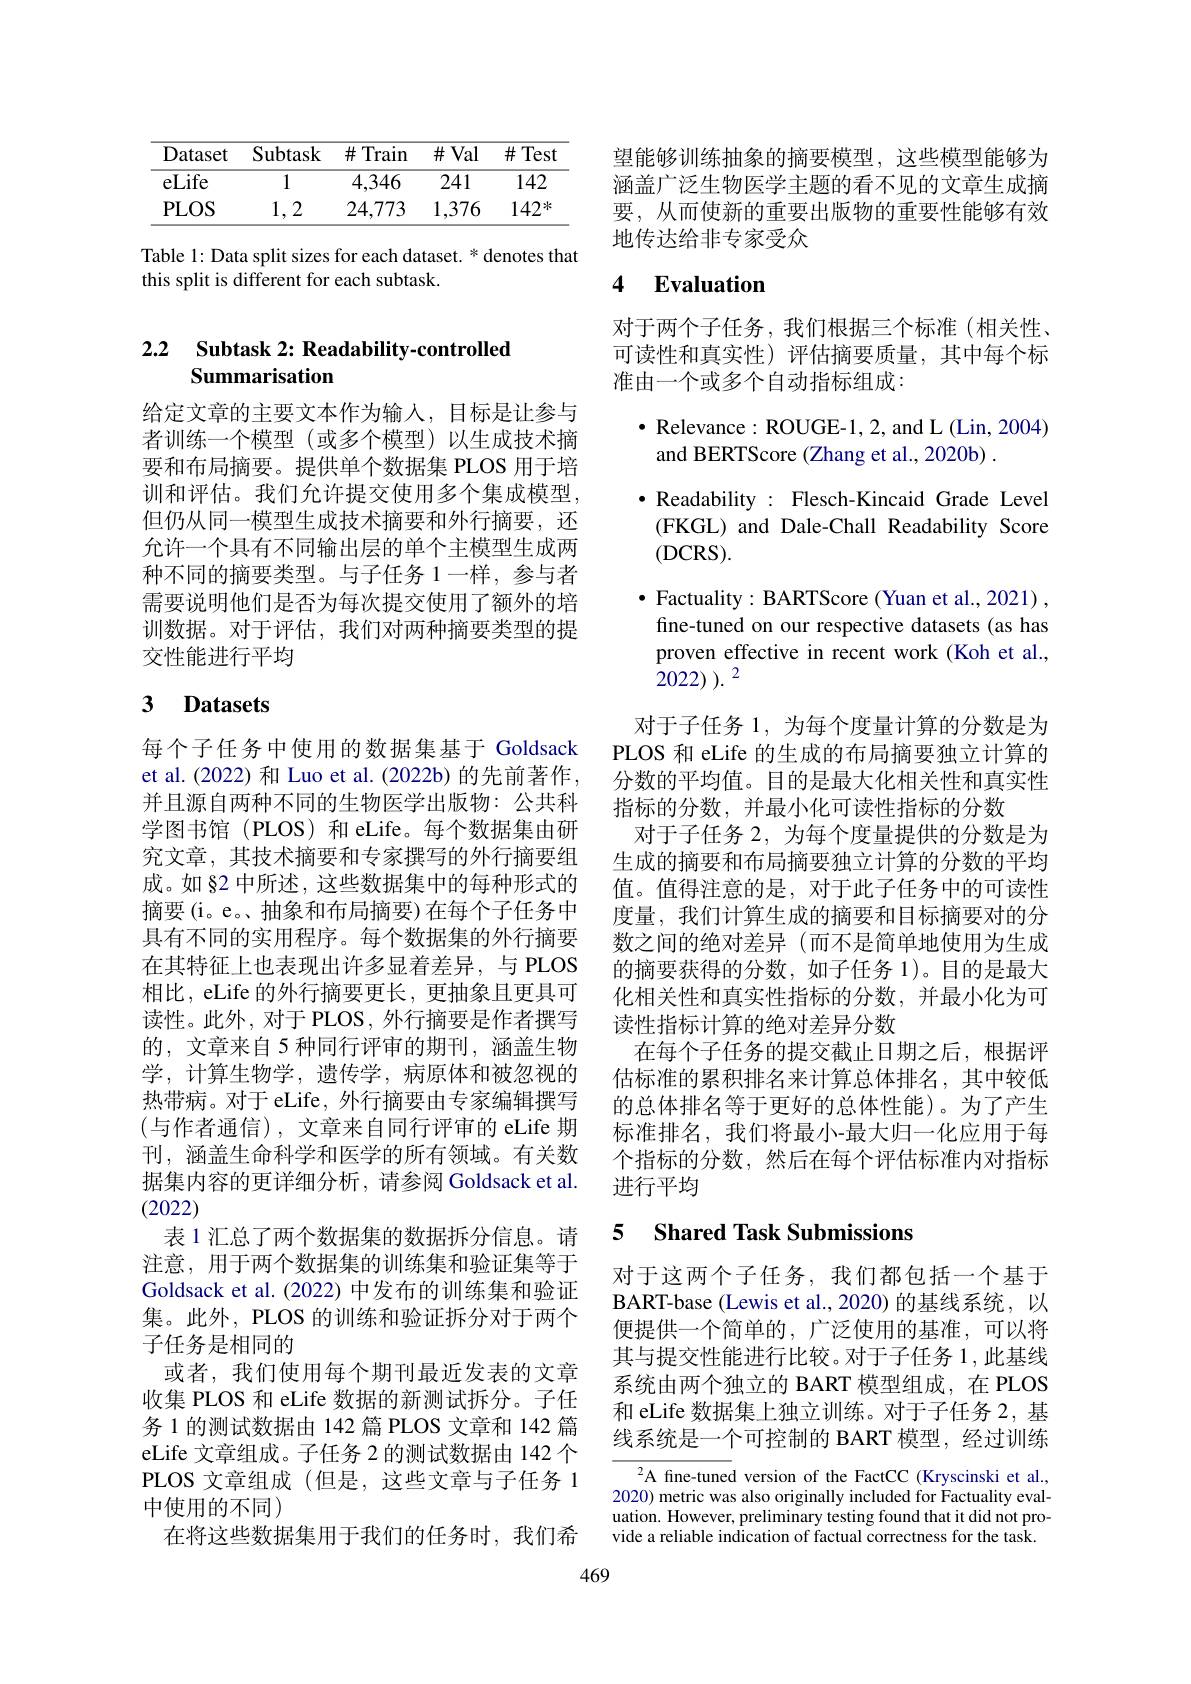
<table>
	<tbody>
		<tr>
			<th>Dataset</th>
			<th>Subtask</th>
			<th>$\#$Train</th>
			<th>$\#$Val</th>
			<th>$\#$Test</th>
		</tr>
		<tr>
			<td>eLife</td>
			<td>1</td>
			<td>4,346</td>
			<td>241</td>
			<td>142</td>
		</tr>
		<tr>
			<td>$PLOS$</td>
			<td>1,. 2 </td>
			<td>24,773</td>
			<td>1,376</td>
			<td>$142^*$</td>
		</tr>
	</tbody>
</table>

Table 1: Data split sizes for each dataset. * denotes that
this split is different for each subtask.

# 2.2 Subtask 2: Readability-controlled Summarisation

给定文章的主要文本作为输入，目标是让参与者训练一个模型(或多个模型)以生成技术摘要和布局摘要。提供单个数据集 PLOS 用于培训和评估。我们允许提交使用多个集成模型， 但仍从同一模型生成技术摘要和外行摘要，还允许一个具有不同输出层的单个主模型生成两种不同的摘要类型。与子任务 1一样，参与者需要说明他们是否为每次提交使用了额外的培训数据。对于评估，我们对两种摘要类型的提交性能进行平均

# 3 Datasets

每个子任务中使用的数据集基于 Goldsack et al. (2022) 和 Luo et al. (2022b) 的先前著作， 并且源自两种不同的生物医学出版物：公共科学图书馆 (PLOS) 和 eLife。每个数据集由研究文章，其技术摘要和专家撰写的外行摘要组成。如§2 中所述，这些数据集中的每种形式的摘要(i。e。、抽象和布局摘要)在每个子任务中具有不同的实用程序。每个数据集的外行摘要在其特征上也表现出许多显着差异，与 PLOS 相比，eLife 的外行摘要更长，更抽象且更具可读性。此外，对于 PLOS, 外行摘要是作者撰写的，文章来自 5 种同行评审的期刊，涵盖生物学，计算生物学，遗传学，病原体和被忽视的热带病。对于 eLife, 外行摘要由专家编辑撰写(与作者通信),文章来自同行评审的 eLife 期刊，涵盖生命科学和医学的所有领域。有关数据集内容的更详细分析，请参阅 Goldsack et al. (2022)
表 1 汇总了两个数据集的数据拆分信息。请注意，用于两个数据集的训练集和验证集等于Goldsack et al.(2022) 中发布的训练集和验证集。此外，PLOS 的训练和验证拆分对于两个子任务是相同的
或者，我们使用每个期刊最近发表的文章收集 PLOS 和 eLife 数据的新测试拆分。子任务 1 的测试数据由 142 篇 PLOS 文章和 142 篇eLife 文章组成。子任务 2 的测试数据由 142 个PLOS 文章组成(但是，这些文章与子任务 1中使用的不同)
在将这些数据集用于我们的任务时，我们希
469

望能够训练抽象的摘要模型，这些模型能够为涵盖广泛生物医学主题的看不见的文章生成摘要，从而使新的重要出版物的重要性能够有效地传达给非专家受众

# 4 Evaluation

对于两个子任务，我们根据三个标准(相关性、 可读性和真实性)评估摘要质量，其中每个标准由一个或多个自动指标组成：

$\bullet$ Relevance: ROUGE-1, 2, and L (Lin, 2004)
and BERTScore (Zhang et al., 2020b) .
$\bullet$ Readability : Flesch-Kincaid Grade Level (FKGL) and Dale-Chall Readability Score (DCRS).
$\bullet$ Factuality: BARTScore (Yuan et al., 2021) , fine-tuned on our respective datasets (as has proven effective in recent work (Koh et al., 2022) $) . \:^{2}$

对于子任务 1, 为每个度量计算的分数是为PLOS 和 eLife 的生成的布局摘要独立计算的分数的平均值。目的是最大化相关性和真实性指标的分数，并最小化可读性指标的分数
对于子任务 2, 为每个度量提供的分数是为生成的摘要和布局摘要独立计算的分数的平均值。值得注意的是，对于此子任务中的可读性度量，我们计算生成的摘要和目标摘要对的分数之间的绝对差异(而不是简单地使用为生成的摘要获得的分数，如子任务 1)。目的是最大化相关性和真实性指标的分数，并最小化为可读性指标计算的绝对差异分数
在每个子任务的提交截止日期之后，根据评估标准的累积排名来计算总体排名，其中较低的总体排名等于更好的总体性能)。为了产生标准排名，我们将最小-最大归一化应用于每个指标的分数，然后在每个评估标准内对指标进行平均

# 5 Shared Task Submissions

对于这两个子任务，我们都包括一个基于BART-base (Lewis et al., 2020) 的基线系统，以便提供一个简单的，广泛使用的基准，可以将其与提交性能进行比较。对于子任务 1,此基线系统由两个独立的 BART 模型组成，在 PLOS 和 eLife 数据集上独立训练。对于子任务 2, 基线系统是一个可控制的 BART 模型，经过训练

${\frac{2^{2}\text{A fine-tuned version of the FactCC (Kryscinski et al.,}}}$ 2020) metric was also originally included for Factuality eval- $\begin{array}{l}\mathrm{uation.~However,~preliminary~testing~found~that~it~did~not~pro-}\\\mathrm{vide~a~reliable~indication~of~factual~correctness~for~the~task.}\end{array}$